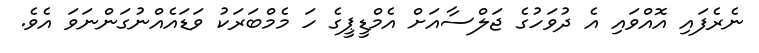
ނެރެފައި އޮއްވައި އެ ދުވަހުގެ ޖަލްސާއަށް އެމްޑީޕީގެ ހަ މެމްބަރަކު ވަޑައެއްނުގަންނަވަ އެވެ.